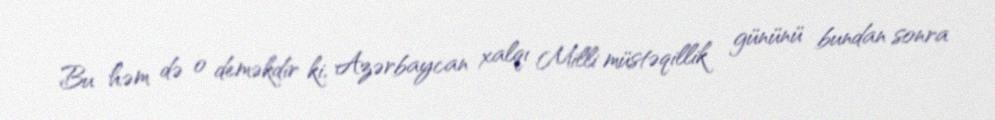
Bu həm də o deməkdir ki, Azərbaycan xalqı Milli müstəqillik gününü bundan sonra